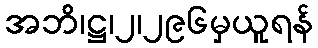
အဘိ၊ဋ္ဌ၊၂၊၂၉၆မှယူရန်